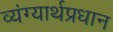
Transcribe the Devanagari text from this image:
व्यंग्यार्थप्रधान